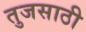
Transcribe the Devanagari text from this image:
तुजसाठी